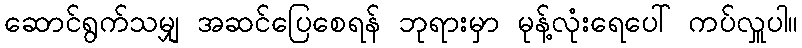
ဆောင်ရွက်သမျှ အဆင်ပြေစေရန် ဘုရားမှာ မုန့်လုံးရေပေါ် ကပ်လှူပါ။